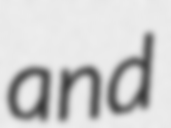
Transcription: and